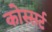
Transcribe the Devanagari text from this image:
कोस्सर्ट